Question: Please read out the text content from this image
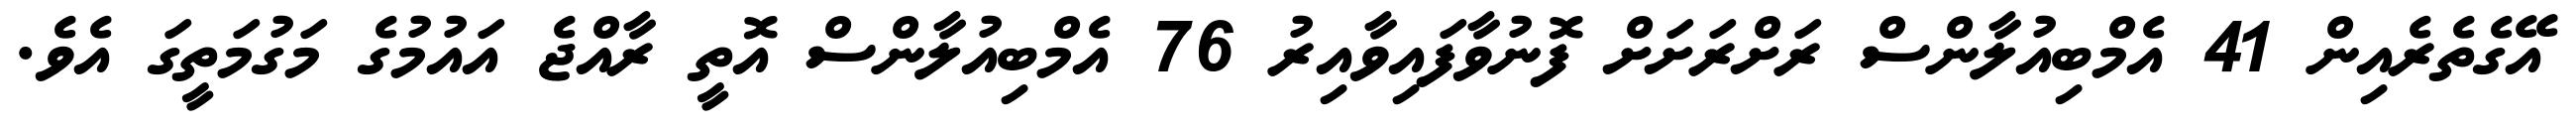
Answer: އޭގެތެރެއިން 41 އެމްބިއުލާންސް ރަށްރަށަށް ފޮނުވާފައިވާއިރު 76 އެމްބިއުލާންސް އޮތީ ރާއްޖެ އައުމުގެ މަގުމަތީގަ އެވެ.